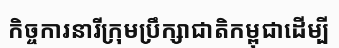
កិច្ចការនារីក្រុមប្រឹក្សាជាតិកម្ពុជាដើម្បី